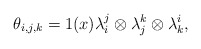
\begin{align*} \theta_{i,j,k} = 1(x) \lambda_i^j \otimes \lambda_j^k \otimes \lambda_k^i, \end{align*}